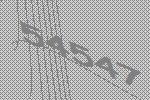
54547